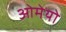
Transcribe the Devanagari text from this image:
ओमेयो